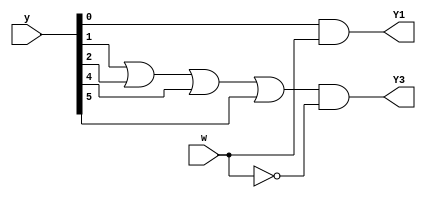
// This program was cloned from: https://github.com/milind7777/VerilogDocGen
// License: MIT License

module _2012_q2b (
  input [5:0] y,
  input w,
  output Y1,
  output Y3

);
  assign Y1 = y[0]&w;
  assign Y3 = (y[1]|y[2]|y[4]|y[5]) & ~w;

endmodule